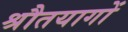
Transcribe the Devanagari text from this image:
श्रौतयागों